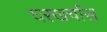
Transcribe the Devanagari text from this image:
घरखर्चास